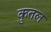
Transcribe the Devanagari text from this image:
कुतल